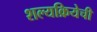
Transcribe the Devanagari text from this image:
शल्यक्रियेची